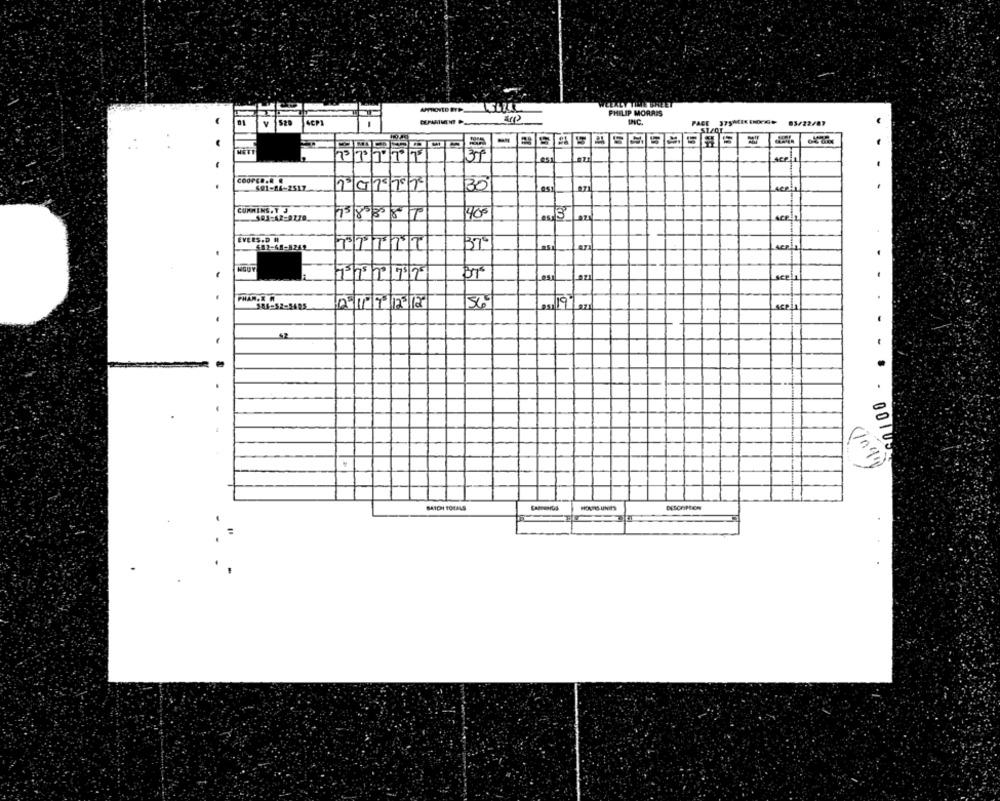
PHILIP MORRIS
81
4CM
INC
PACE 375MIKENOK# 03/22/87
Less
SEP 1
COOPER.R &
30
601-86-2517
ACPH
CUMMINS. Y
13893087
400
3
ACR
NGUY
scell
PHAN.E .
scpi
197 821
Inq10